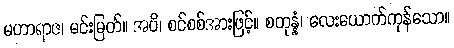
မဟာရာဇ၊ မင်းမြတ်။ အပိ၊ စင်စစ်အားဖြင့်။ စတုန္နံ၊ လေးယောက်ကုန်သော။